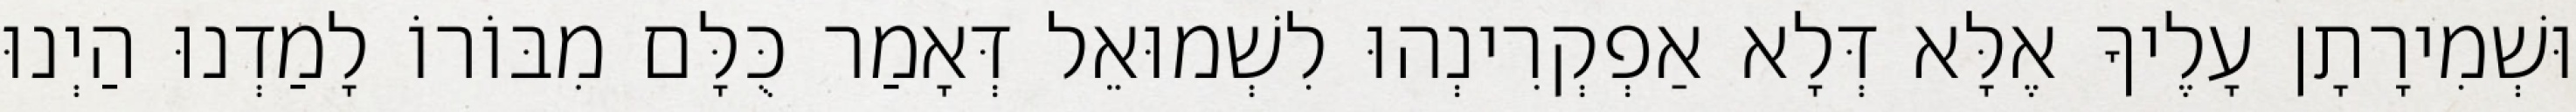
וּשְׁמִירָתָן עָלֶיךָ אֶלָּא דְּלָא אַפְקְרִינְהוּ לִשְׁמוּאֵל דְּאָמַר כֻּלָּם מִבּוֹרוֹ לָמַדְנוּ הַיְנוּ